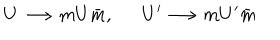
LaTeX: U \longrightarrow m U \bar { m } , U ^ { \prime } \longrightarrow m U ^ { \prime } \bar { m }